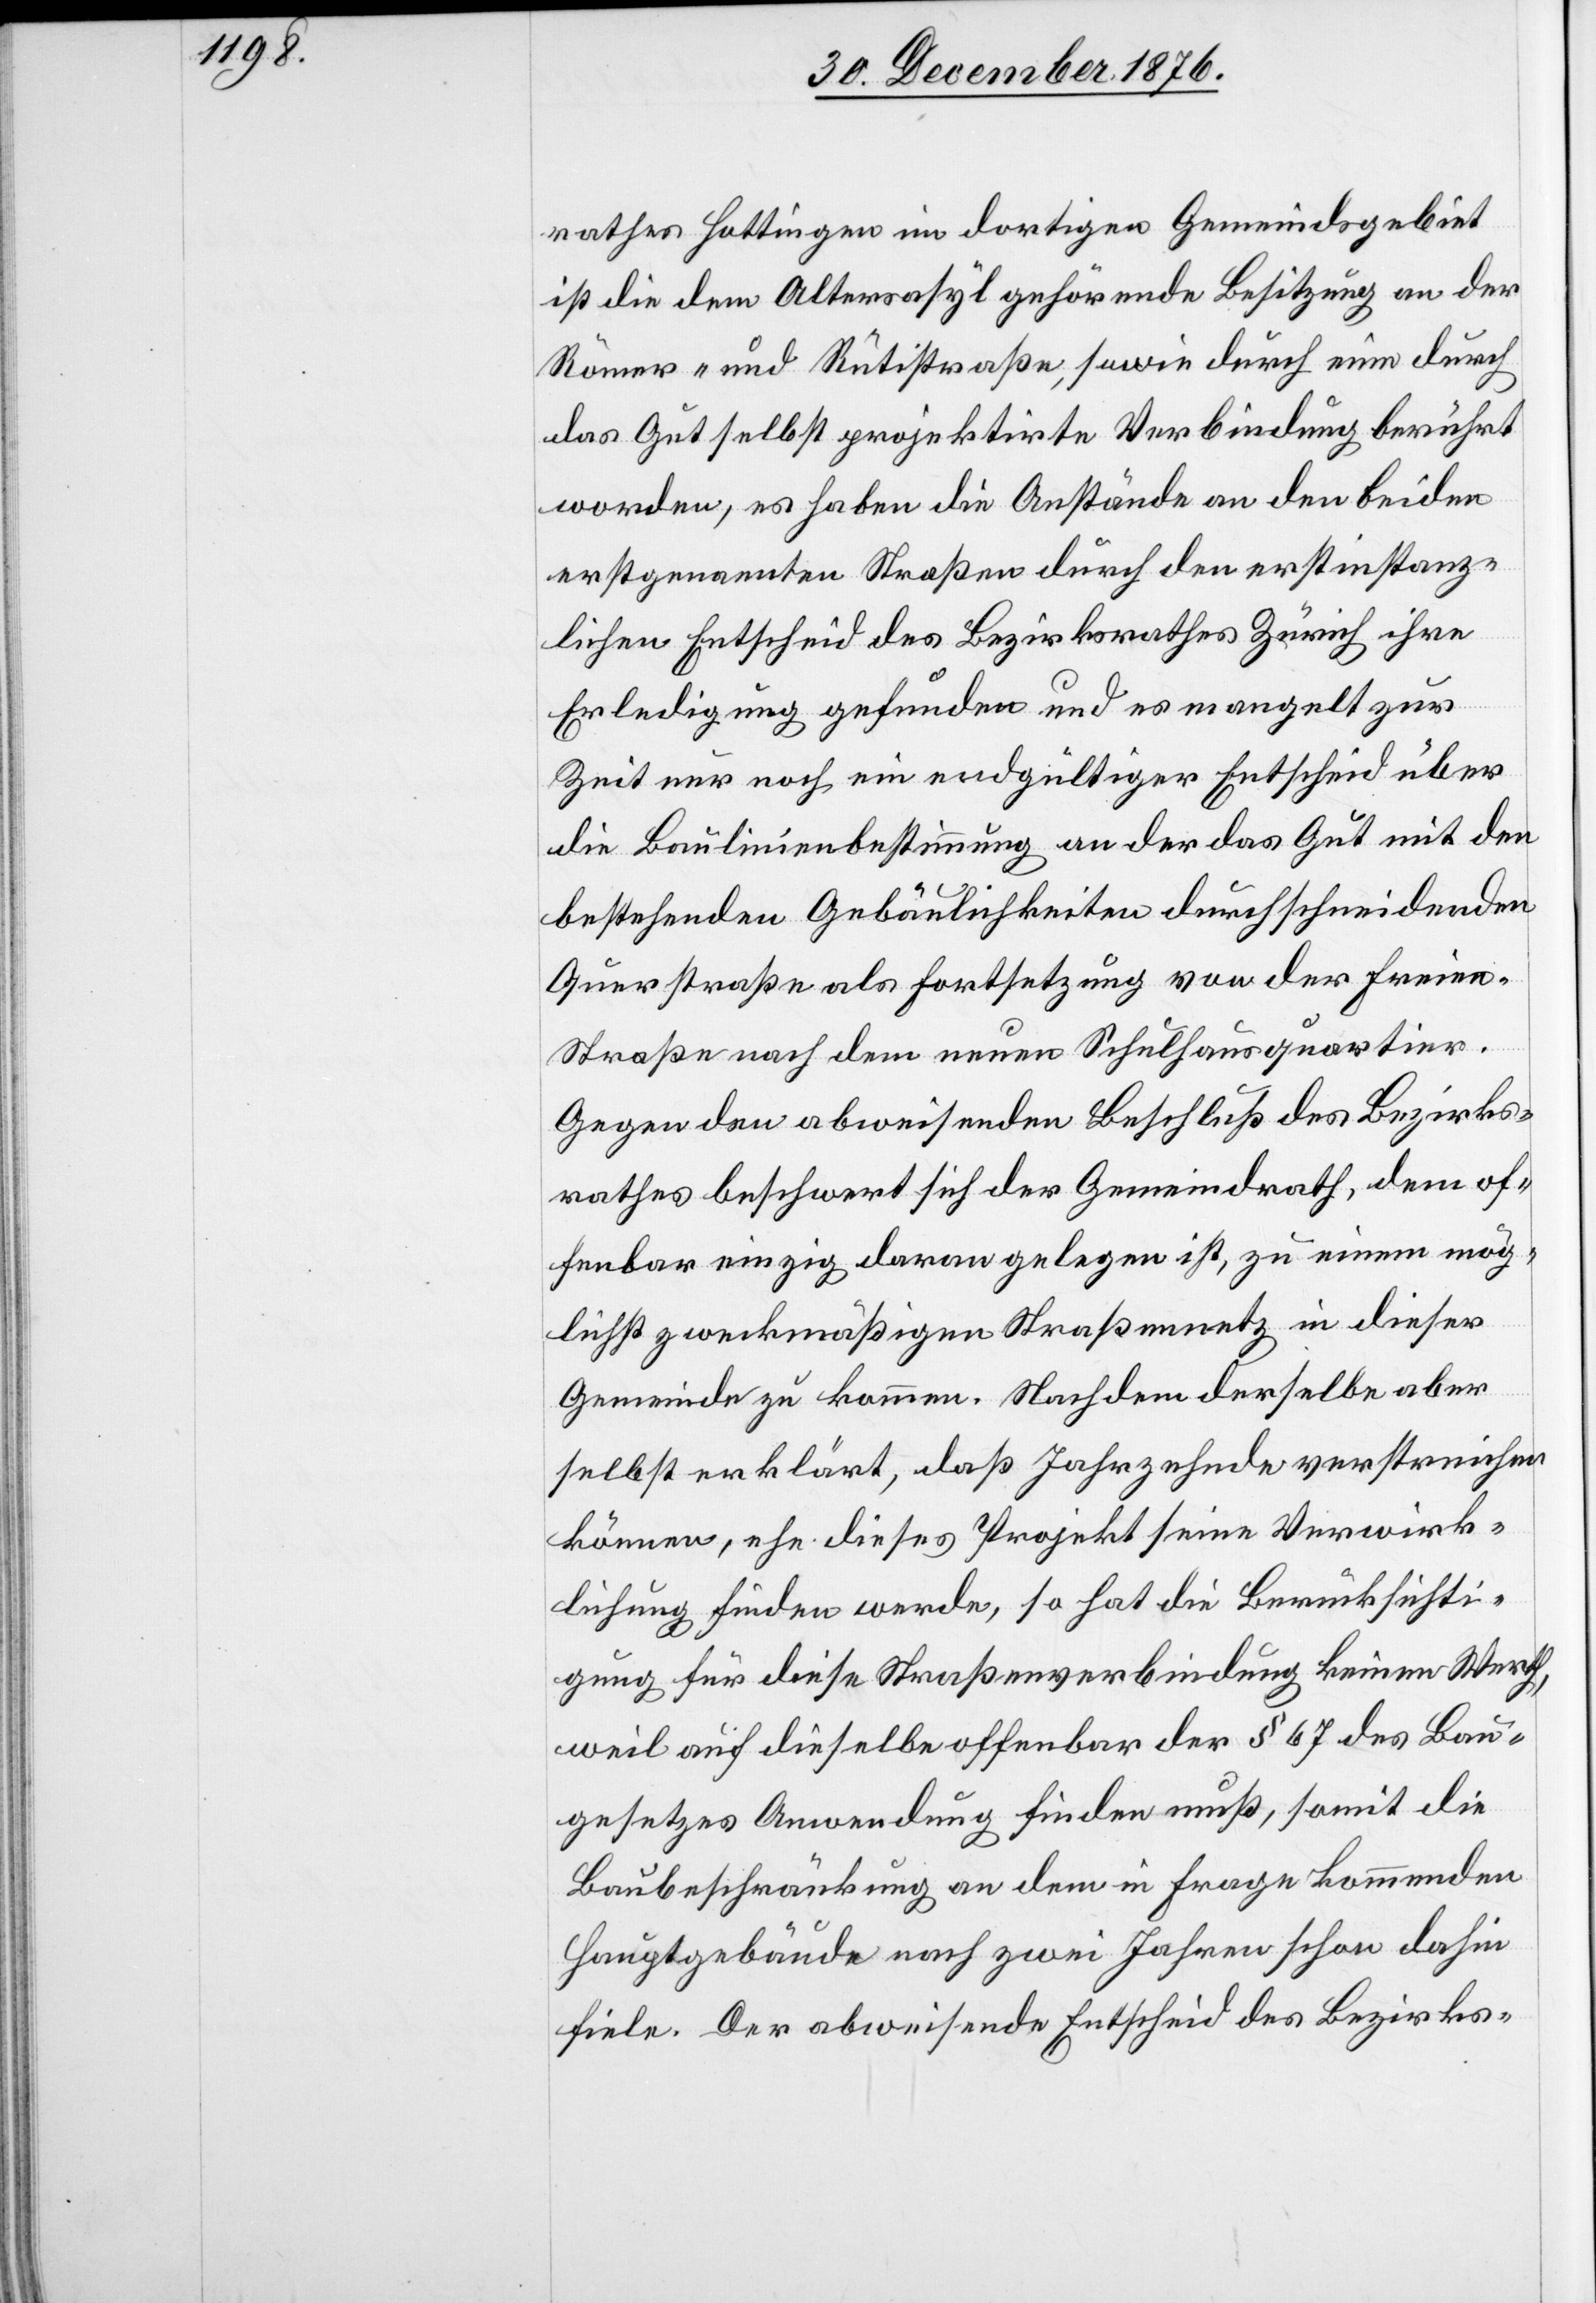
rathes Hottingen im dortigen Gemeindsgebiet
ist die dem Altersasyl gehörende Besitzung an der
Römer- und Rütistraße, sowie durch eine durch
das Gut selbst projektirte Verbindung berührt
worden, es haben die Anstände an den beiden
erstgenannten Straßen durch den erstinstanz¬
lichen Entscheide des Bezirksrathes Zürich ihre
Erledigung gefunden und es mangelt zur
Zeit nur noch ein endgültiger Entscheid über
die Baulinienbestimmung an der das Gut mit den
bestehenden Gebäulichkeiten durchschneidenden
Querstraße als Fortsetzung von der Freie¬
n-Straße nach dem neuen Schulhausquartier.
Gegen den abweisenden Beschluß des Bezirks¬
rathes beschwert sich der Gemeindrath, dem of¬
fenbar einzig daran gelegen ist, zu einem mög¬
lichst zweckmäßigen Straßennetz in dieser
Gemeinde zu kommen. Nach dem derselbe aber
selbst erklärt, daß Jahrzehnde [sic!] verstreichen
können, ehe diese Projekt seine Verwirk¬
lichung finden werde, so hat die Berücksichti¬
gung für diese Straßenverbindung keinen Werth,
weil auf dieselbe offenbar der § 67 des Bau¬
gesetzes Anwendung finden muß, somit die
Baubeschränkung an dem in Frage kommenden
Hauptgebäude nach zwei Jahren schon dahin
fiele. Der abweisende Entscheid des Bezirks-